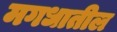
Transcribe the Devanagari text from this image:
मगधातील